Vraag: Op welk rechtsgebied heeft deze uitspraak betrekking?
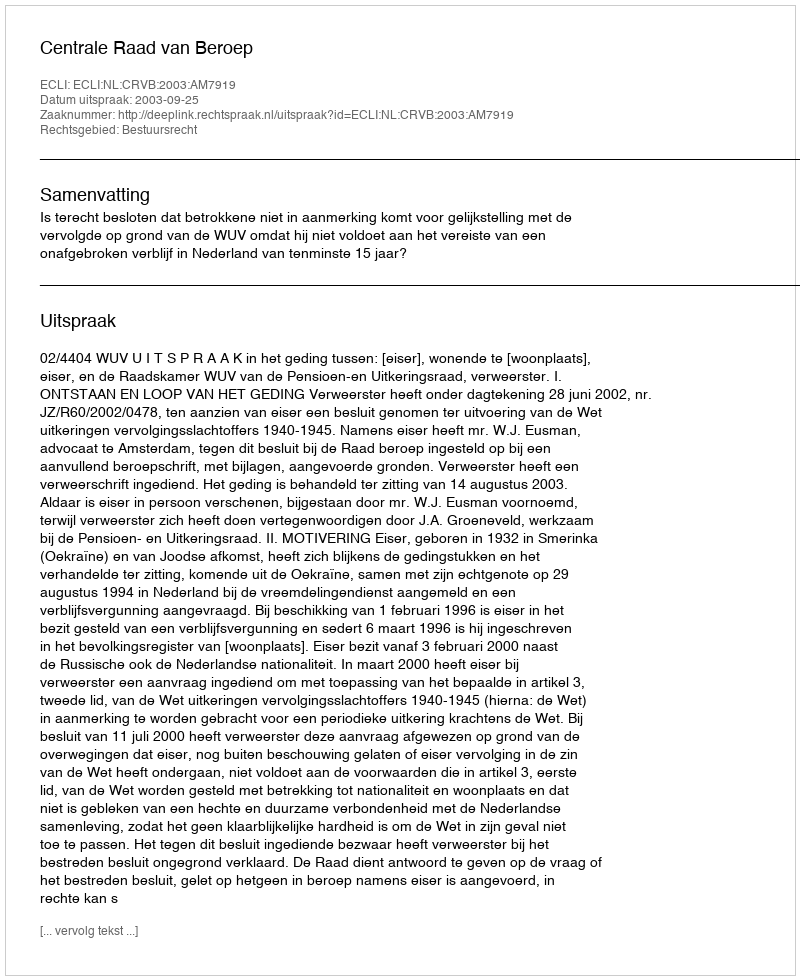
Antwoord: Bestuursrecht